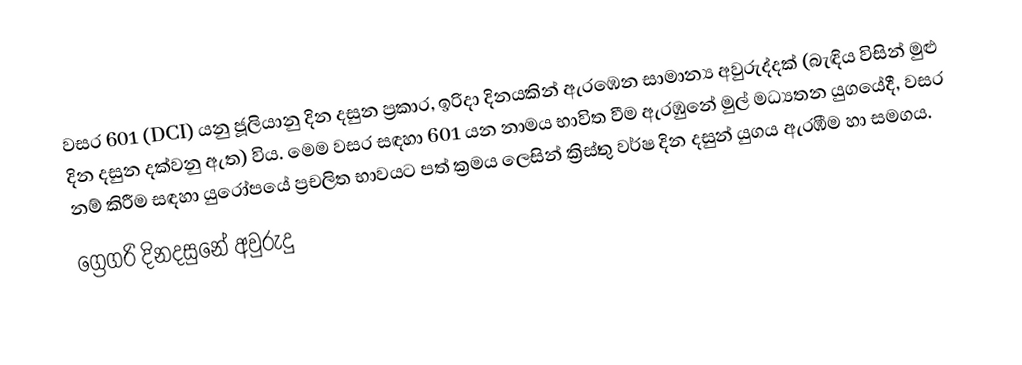
වසර  601 (DCI) යනු ජූලියානු දින දසුන ප්‍රකාර,   ඉරිදා දිනයකින් ඇරඹෙන සාමාන්‍ය අවුරුද්දක් (බැඳිය විසින් මුළු දින දසුන දක්වනු ඇත) විය. මෙම වසර සඳහා 601 යන නාමය භාවිත වීම ඇරඹුනේ මුල් මධ්‍යතන යුගයේදී, වසර නම් කිරීම සඳහා යුරෝපයේ ප්‍රචලිත භාවයට පත් ක්‍රමය ලෙසින් ක්‍රිස්තු වර්ෂ දින දසුන් යුගය ඇරඹීම හා සමගය.
ග්‍රෙගරි දිනදසුනේ අවුරුදු